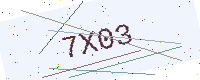
Text: 7X03